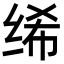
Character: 𫄨